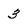
Character: 3